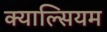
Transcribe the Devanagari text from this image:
क्याल्सियम